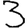
Digit: 3